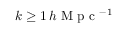
k \geq 1 \, h \textrm { M p c } { ^ { - 1 } }